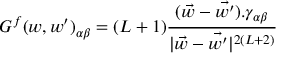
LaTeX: G ^ { f } ( w , w ^ { \prime } ) _ { \alpha \beta } = ( L + 1 ) \frac { { ( \vec { w } - \vec { w ^ { \prime } } ) } . \gamma _ { \alpha \beta } } { | \vec { w } - \vec { w ^ { \prime } } | ^ { 2 ( L + 2 ) } }